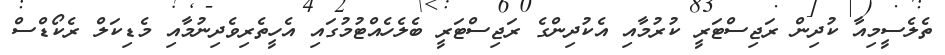
ތެލެސީމިއާ ކުދިން ރަޖިސްޓަރީ ކުރުމާއި އެކުދިންގެ ރަޖިސްޓަރީ ބެލެހެއްޓުމުގައި އެހީތެރިވެދިނުމާއި މެޑިކަލް ރެކޯޑްސް